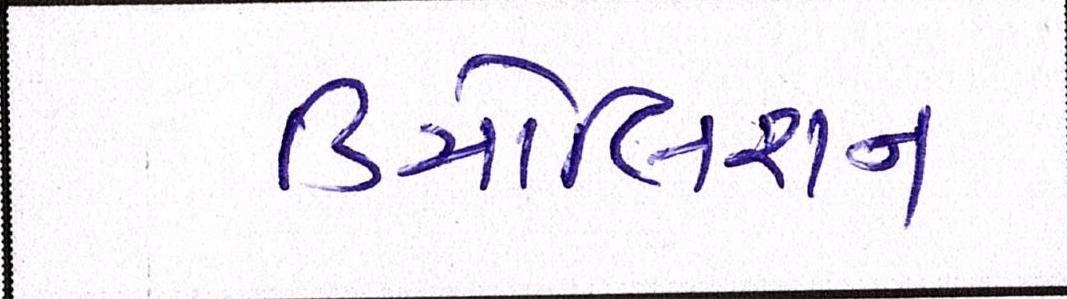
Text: ડિમોલિશન